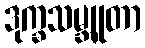
ဒုက္ခသမ္ဘူတာ